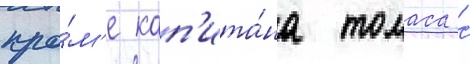
кро́м'е кап'ита́на томаса с